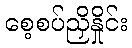
စေ့စပ်ညှိနှိုင်း